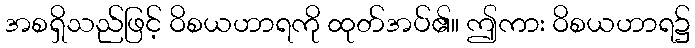
အစရှိသည်ဖြင့် ဝိစယဟာရကို ထုတ်အပ်၏။ ဤကား ဝိစယဟာရ၌